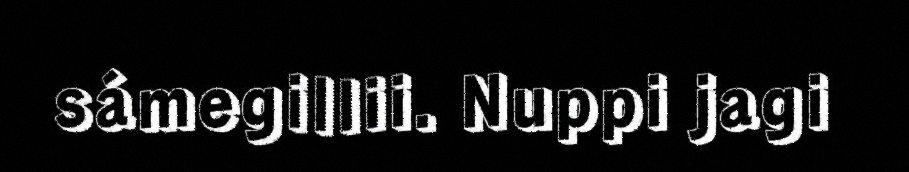
sámegillii. Nuppi jagi